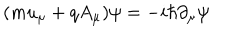
LaTeX: ( m u _ { \mu } + q A _ { \mu } ) \psi = - i \hbar \partial _ { \mu } \psi